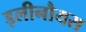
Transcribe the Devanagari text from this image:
इलीनौयस